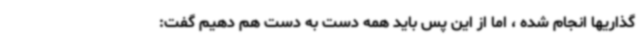
گذاریها انجام شده ، اما از این پس باید همه دست به دست هم دهیم گفت: